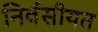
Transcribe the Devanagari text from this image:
निर्वसीयत